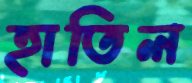
হাতিল